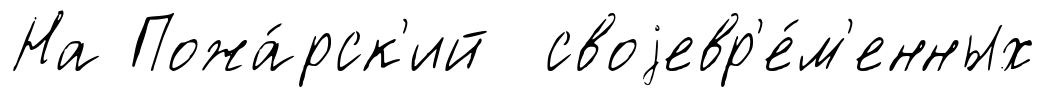
На Пожа́рск'ий своjевр'е́м'енных